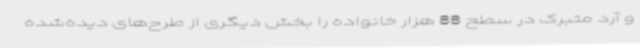
و آرد متبرک در سطح 88 هزار خانواده را بخش دیگری از طرح‌های دیده‌شده